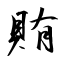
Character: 賄